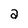
Character: a